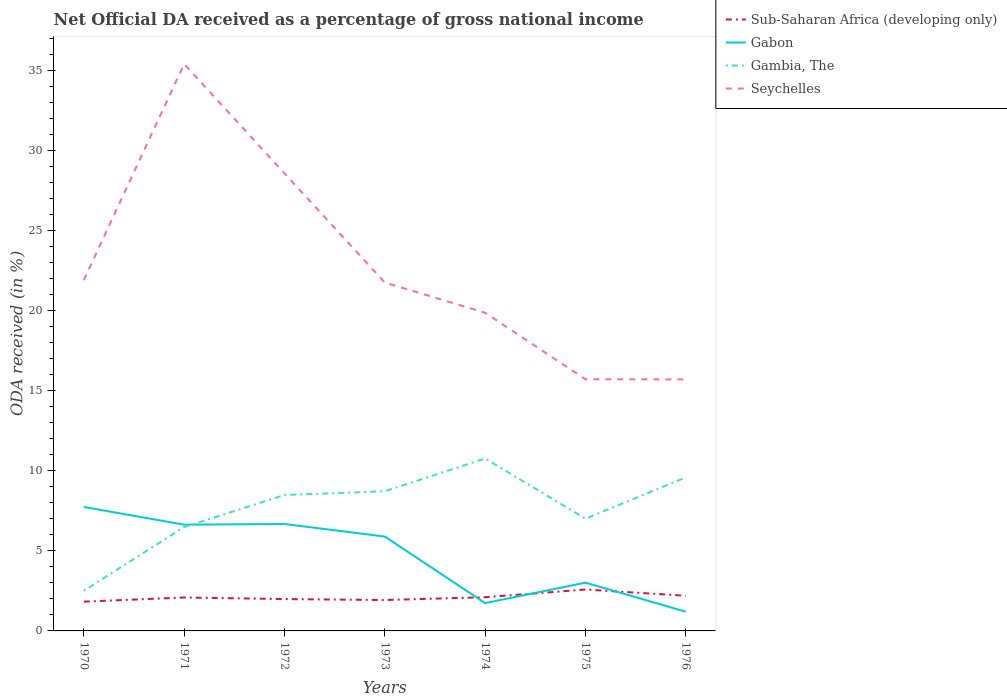
| Years | Sub-Saharan Africa (developing only) | Gabon | Gambia, The | Seychelles |
 | --- | --- | --- | --- | --- |
 | 1970 | 1.83 | 7.74 | 2.5 | 21.9 |
 | 1971 | 2.09 | 6.63 | 6.48 | 35.4 |
 | 1972 | 1.99 | 6.67 | 8.48 | 28.6 |
 | 1973 | 1.93 | 5.89 | 8.72 | 21.7 |
 | 1974 | 2.1 | 1.74 | 10.8 | 19.9 |
 | 1975 | 2.58 | 3.01 | 7.01 | 15.7 |
 | 1976 | 2.2 | 1.2 | 9.58 | 15.7 |